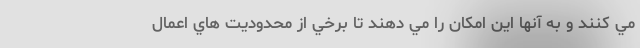
مي كنند و به آنها اين امكان را مي دهند تا برخي از محدوديت هاي اعمال